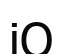
іО